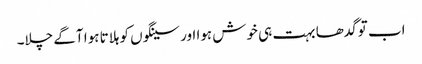
اب تو گدھا بہت ہی خوش ہوا اور سینگوں کو ہلاتا ہوا آگے چلا۔